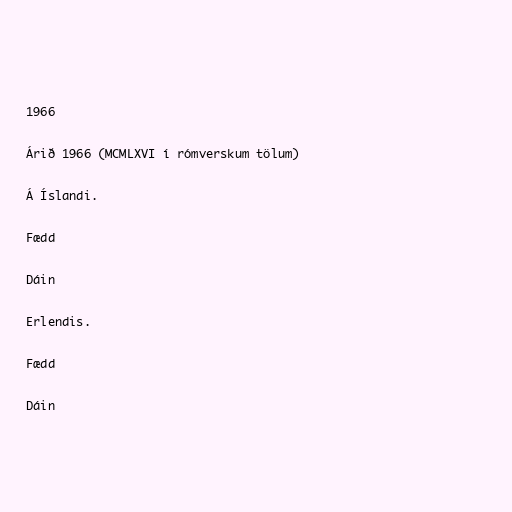
1966

Árið 1966 (MCMLXVI í rómverskum tölum)

Á Íslandi.

Fædd

Dáin

Erlendis.

Fædd

Dáin